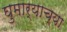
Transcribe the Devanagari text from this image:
घुमार्याच्या